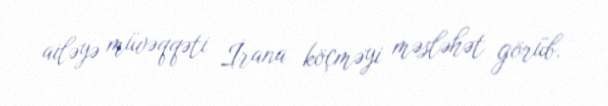
ailəyə müvəqqəti İrana köçməyi məsləhət görüb.